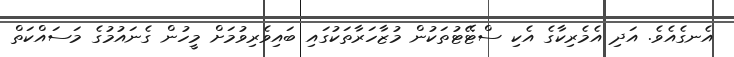
އެނގެއެވެ. އަދި އެމެރިކާގެ އެކި ސްޓޭޓުތަކުން މުޒާހަރާތަކުގައި ބައިވެރިވުމަށް މީހުން ގެނައުމުގެ މަސައްކަތް